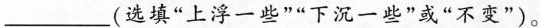
___ (选填”上浮一些””下沉一些”或”不变”)。